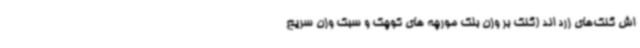
اش گنک‌های زرد اند (گنک بر وزن بلک مورچه های کوچک و سبک وزن سریع